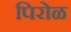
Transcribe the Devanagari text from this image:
पिरोळ